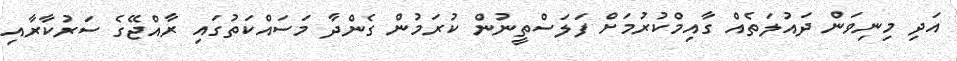
އަދި މިނިވަން ދައުލަތެއް ގާއިމްކުުރުމަށް ފަލަސްތީނުން ކުރަމުން ގެންދާ މަސައްކަތުގައި ރާއްޖޭގެ ސަރުކާރާއި